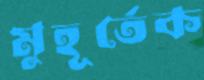
মুহূর্তেক